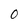
Character: 0